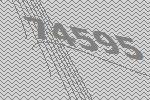
74595